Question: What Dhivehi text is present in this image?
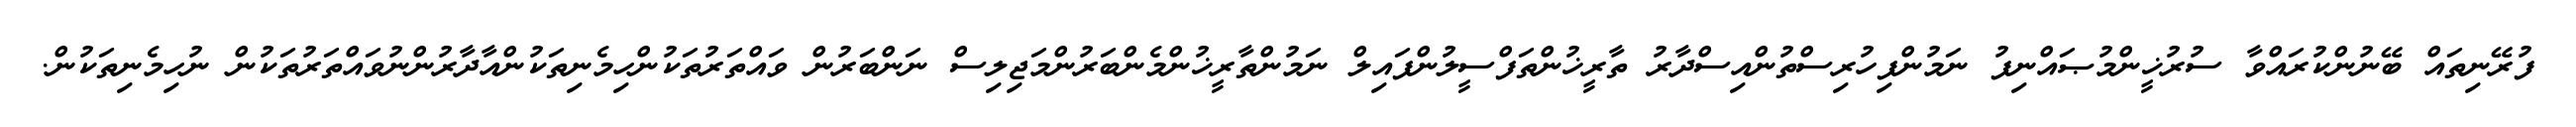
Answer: ފުރޭނިތައް ބޭނުންކުރައްވާ ސުރުޚީންމުޞައްނިފު ނަމުންފިހުރިސްތުންއިސްދާރު ތާރީޚުންތަފްސީލުންފައިލް ނަމުންތާރީޚުންމެންބަރުންމަޖިލިސް ނަންބަރުން ވައްތަރުތަކުންހިމެނިތަކުންއާދާރުންނުވައްތަރުތަކުން ނުހިމެނިތަކުން.